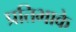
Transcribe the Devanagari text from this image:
प्रतिभाके